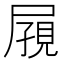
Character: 𪨔